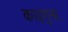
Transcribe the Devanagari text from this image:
काइगुना